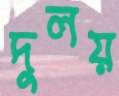
দুলয়